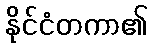
နိုင်ငံတကာ၏